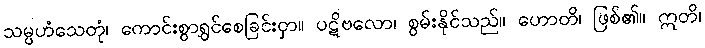
သမ္ပဟံသေတုံ၊ ကောင်းစွာရွှင်စေခြင်းငှာ။ ပဋိဗလော၊ စွမ်းနိုင်သည်။ ဟောတိ၊ ဖြစ်၏။ ဣတိ၊